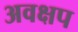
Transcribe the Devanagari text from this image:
अवक्षप